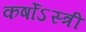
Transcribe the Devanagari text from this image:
कर्षोऽस्त्री